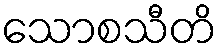
သောစသီတိ